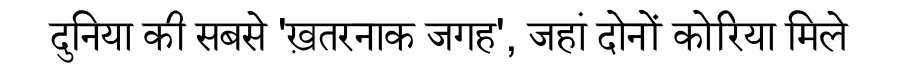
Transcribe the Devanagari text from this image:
दुनिया की सबसे 'ख़तरनाक जगह', जहां दोनों कोरिया मिले